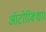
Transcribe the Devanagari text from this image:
ऑटोरिक्शा।